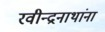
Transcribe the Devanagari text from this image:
रवीन्द्रनाथांना